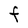
Character: F